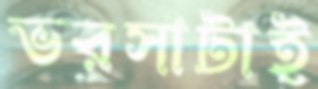
ভরসাটাই